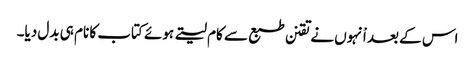
اس کے بعد اْنہوں نے تقنن طبع سے کام لیتے ہوئے کتاب کا نام ہی بدل دیا۔